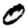
Digit: 0